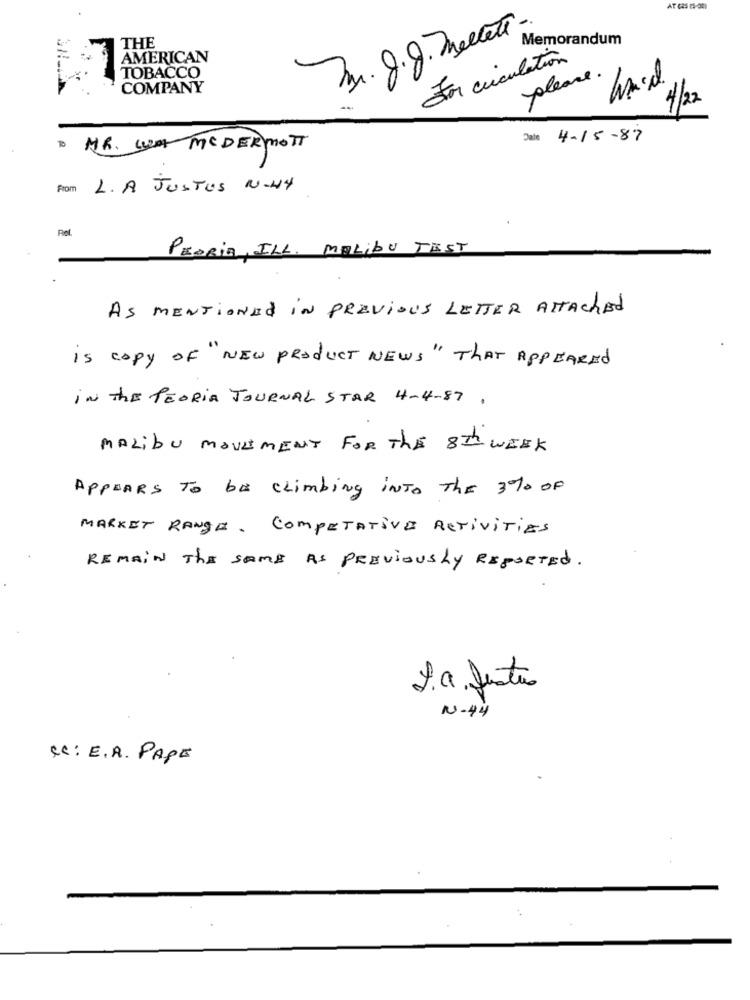
Tm. 8.8. Mellet.
THE
Memorandum
AMERICAN
For circulation
TOBACCO
please
COMPANY
4/2
Date 4-15-87
· MR. WA MCDERMOTT
From L. A JUSTUS N.44
Rel.
PEORIA, ILL. MALIBU TEST
As MENTIONED IN Previous LETTER ATTAchAd
is copy OF "NEW Product NEWS" THAT APPEAREd
IN THE PEORIA JOURNAL STAR 4-4-87.
MALIbu MOVEMENT FOR THE 8Th WEEK
APPEARS To be climbing INTO The 3% OF
MARKET RANGE. COMPETATIVE RETiviTIES
REMAIN THE SAME AS PREVIOUSLY REPORTEd.
2. a. fistus
N-44
CC: E.A. PAPE